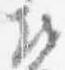
越